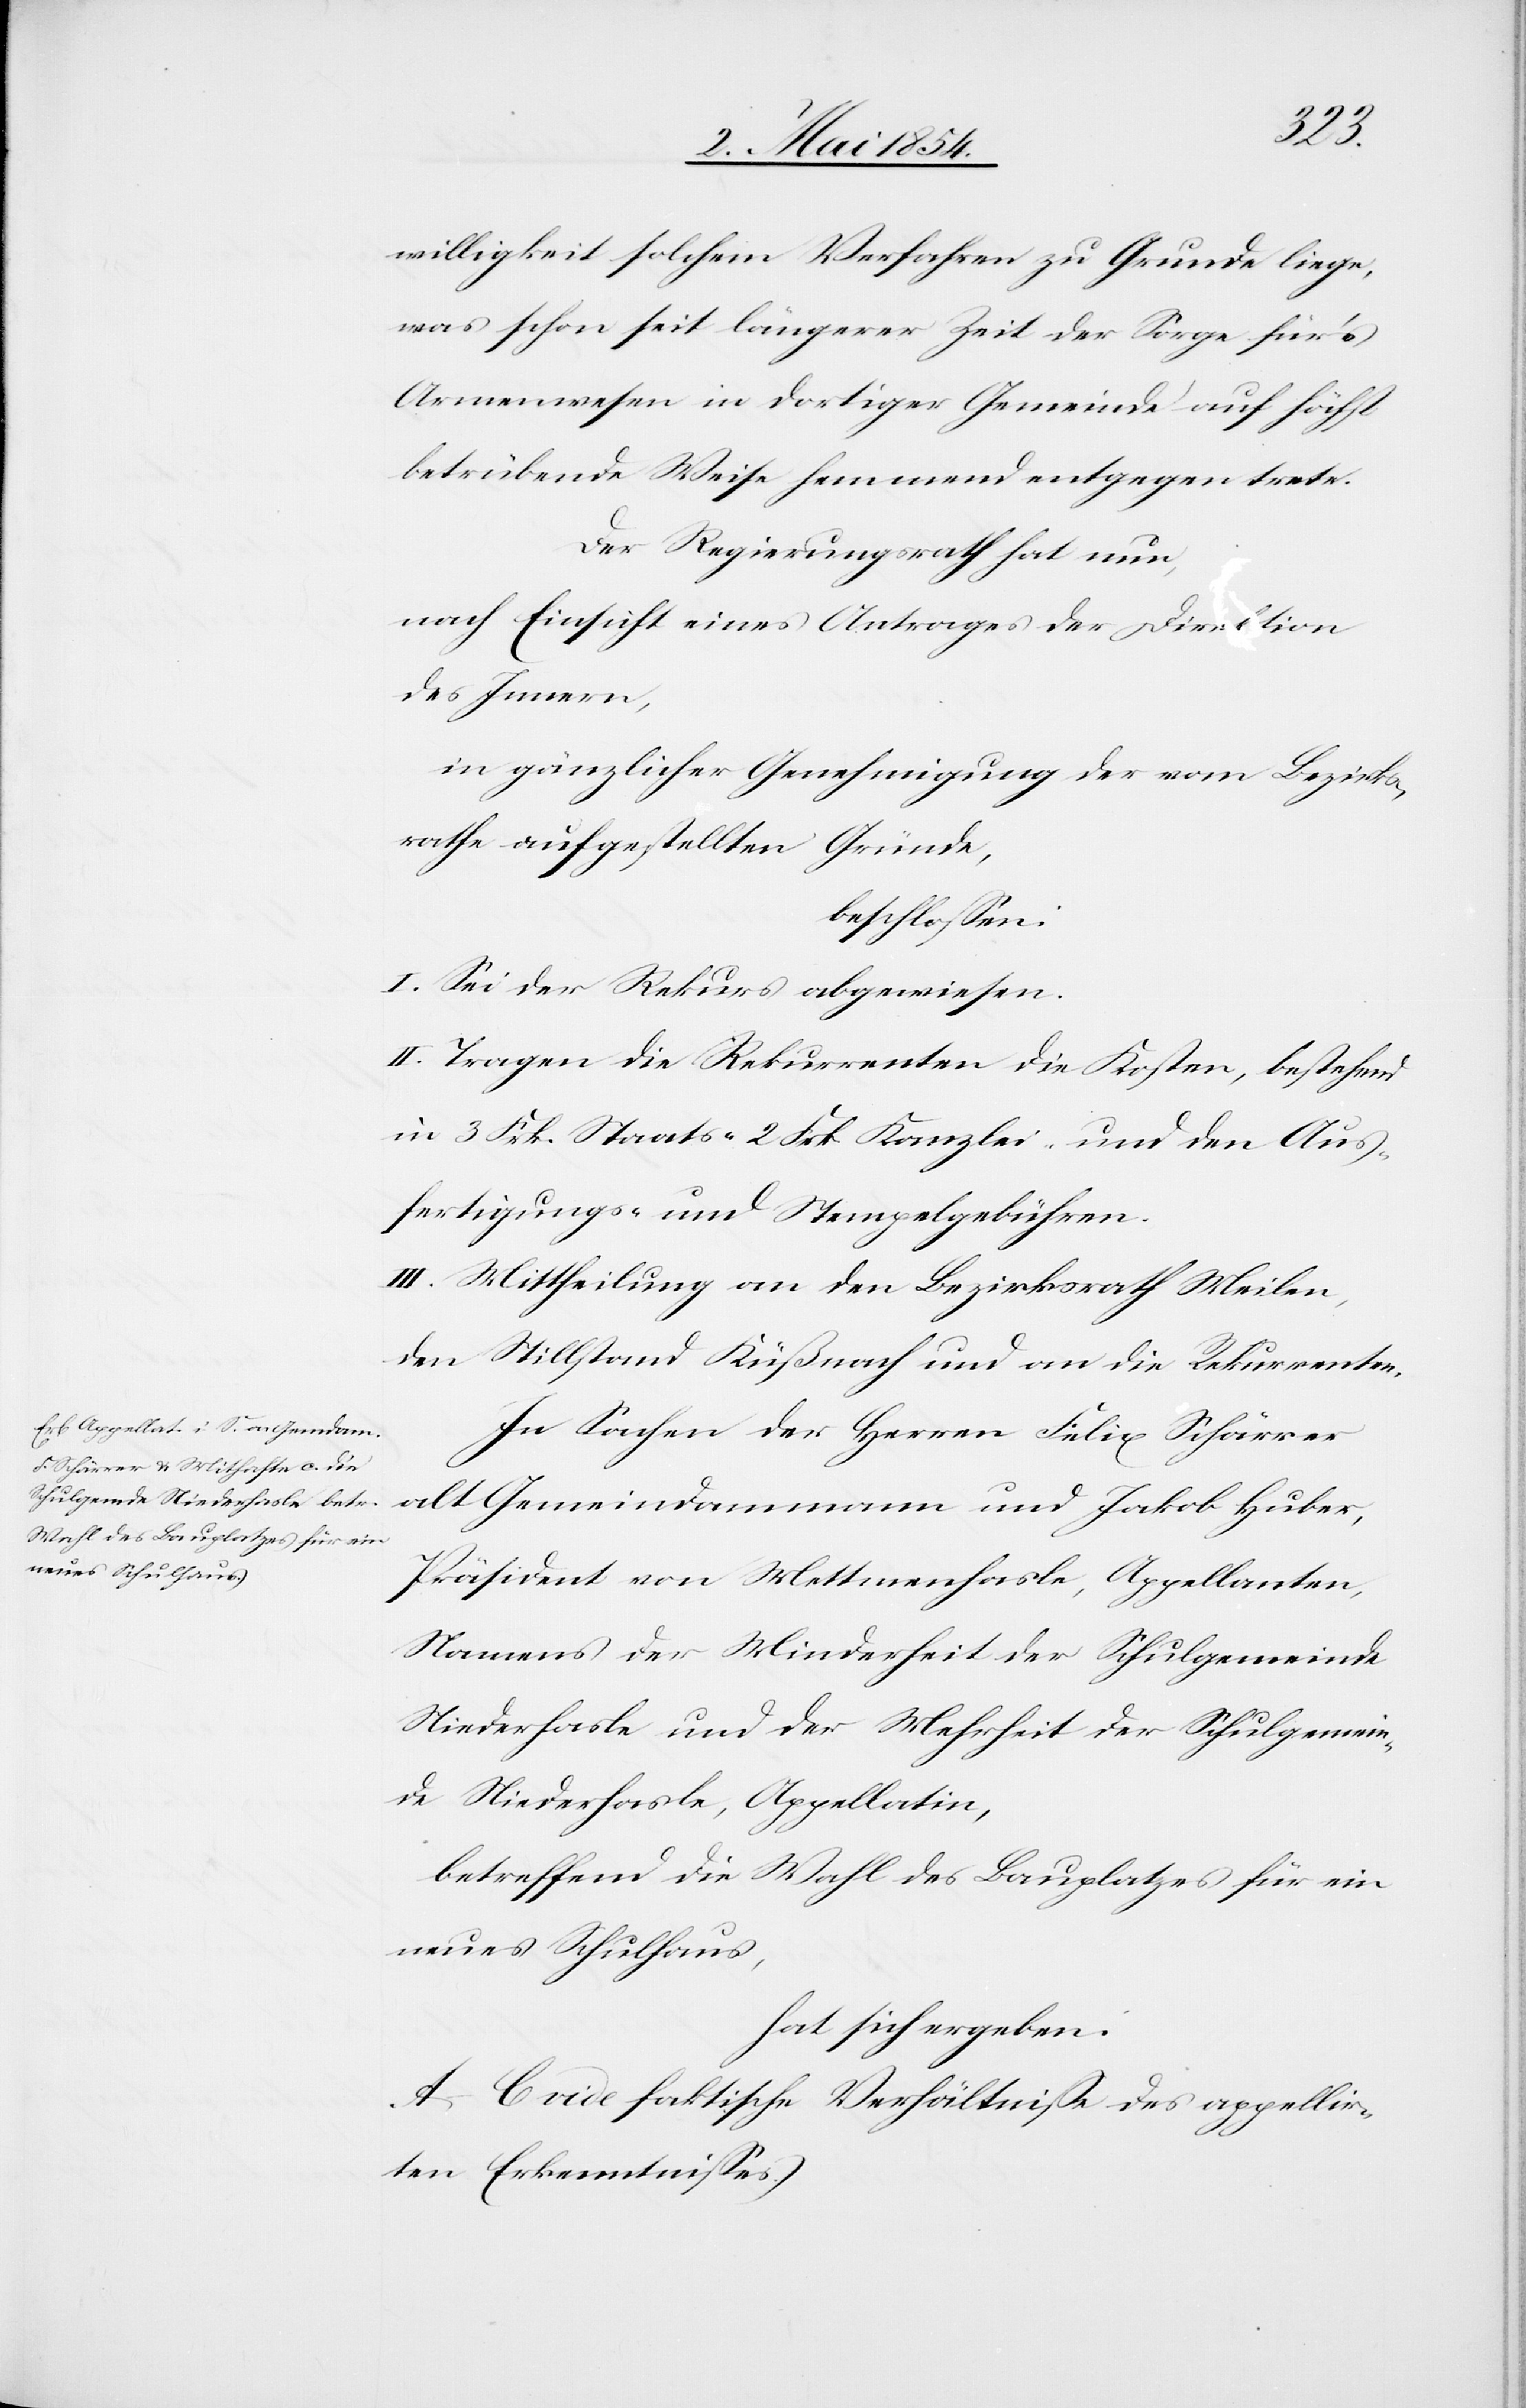
neues Schulhaus,

willigkeit solchem Verfahren zu Grunde liege,
was schon seit längerer Zeit der Sorge für’s
Armenwesen in dortiger Gemeinde auf höchst
betrübende Weise hemmend entgegen trete.
Der Regierungsrath hat nun,
nach Einsicht eines Antrages der Direktion
des Innern,
in gänzlicher Genehmigung der vom Bezirks¬
rathe aufgestellten Gründe,
beschloßen:
I. Sei der Rekurs abgewiesen.
II. Tragen die Rekurrenten die Kosten, bestehend
in 3 Frk. Staats-[,] 2 Frk. Kanzlei- und den Aus¬
fertigungs- und Stempelgebühren.
III. Mittheilung an den Bezirksrath Meilen,
den Stillstand Küßnach[t] und an die Rekurrenten.
In Sachen der Herren Felix Schärrer
alt Gemeindammann und Jakob Huber,
Präsident von Mettmenhasle, Appellanten,
Namens der Minderheit der Schulgemeinde
Niederhasle und der Mehrheit der Schulgemein¬
de Niederhasle, Appellatin,
betreffend die Wahl des Bauplatzes für ein
hat sich ergeben:
A.–C. vide faktische Verhältniße des appellir¬
ten Erkenntnißes.